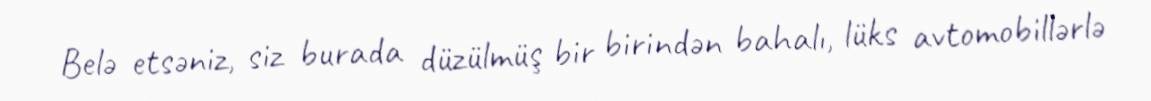
Belə etsəniz, siz burada düzülmüş bir birindən bahalı, lüks avtomobillərlə